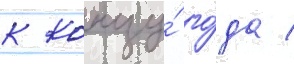
к концу́ го́да /